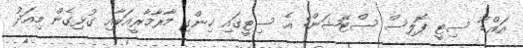
އައްޑޫ ސިޓީ ޕޮލިސް ސްޓޭޝަން: އެ ސިޓީގައި ހިންގި މާރާމާރީއަކާއި ގުޅިގެން މިއަދު